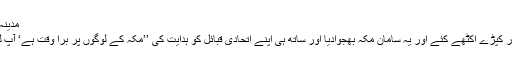
مدینہ میں تھے تو مکہ میں قحط پڑ گیا‘
مدینہ سے رقم جمع کی‘ خوراک اور کپڑے اکٹھے کئے اور یہ سامان مکہ بھجوادیا اور ساتھ ہی اپنے اتحادی قبائل کو ہدایت کی ’’مکہ کے لوگوں پر برا وقت ہے‘ آپ لوگ ان سے تجارت ختم نہ کریں‘‘۔